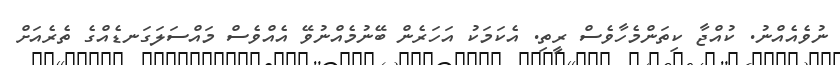
ނުވެއެއްނު. ކުއްޖާ ކިތަންމެހާވެސް ރީތި. އެކަމަކު އަހަރެން ބޭނުމެއްނުވޭ އެއްވެސް މައްސަލަގަނޑެއްގެ ތެރެއަށް